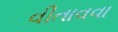
વીતાવવા